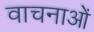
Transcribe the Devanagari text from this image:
वाचनाओं